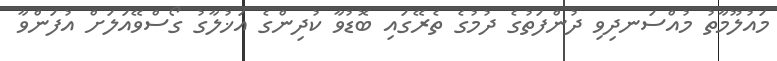
މައުލޫމާތު މުއްސަނދިވި ދުންފަތުގެ ދުމުގެ ތެރޭގައި ބޮޑުވާ ކުދިންގެ އަޚުލާގު ގޯސްވޭއަލަށް އުފަންވާ